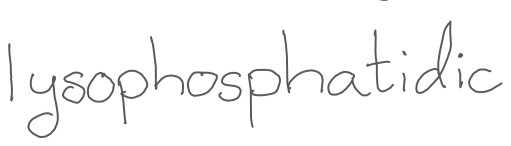
Text: lysophosphatidic
Cross-out: clean
Writing tool: digital_gray